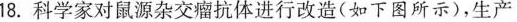
18.科学家对鼠源杂交瘤抗体进行改造(如下图所示)，生产